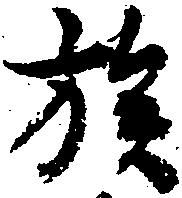
族